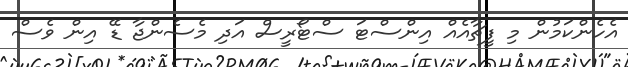
އެހެންކަމުން މި ފީޗާއެއް އިންސްޓަ ސްޓޯރީސް އަދި މެސެންޖާ ޑޭ އިން ވެސް